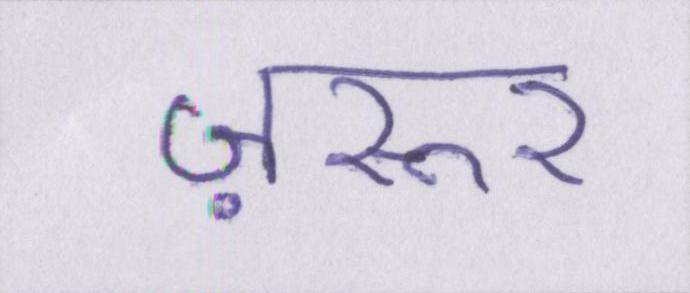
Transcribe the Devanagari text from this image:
ज़रूर